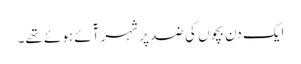
ایک دن بچوں کی ضد پر شہر آٓئے ہوئے تھے۔